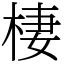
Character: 棲